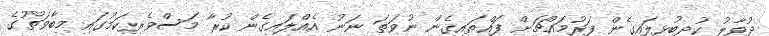
ދުވާލު ކުދިބުޅިލައިގެން ފަރުމައްޗަށް ފައްތައިގެން ނުވަތަ ނަނު އެއްލައިގެން ކުރާ މަސްވެރިކަމުގައި މިބާވަތުގެ